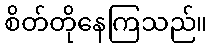
စိတ်တိုနေကြသည်။